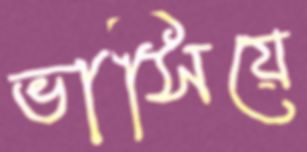
ভাসিয়ে